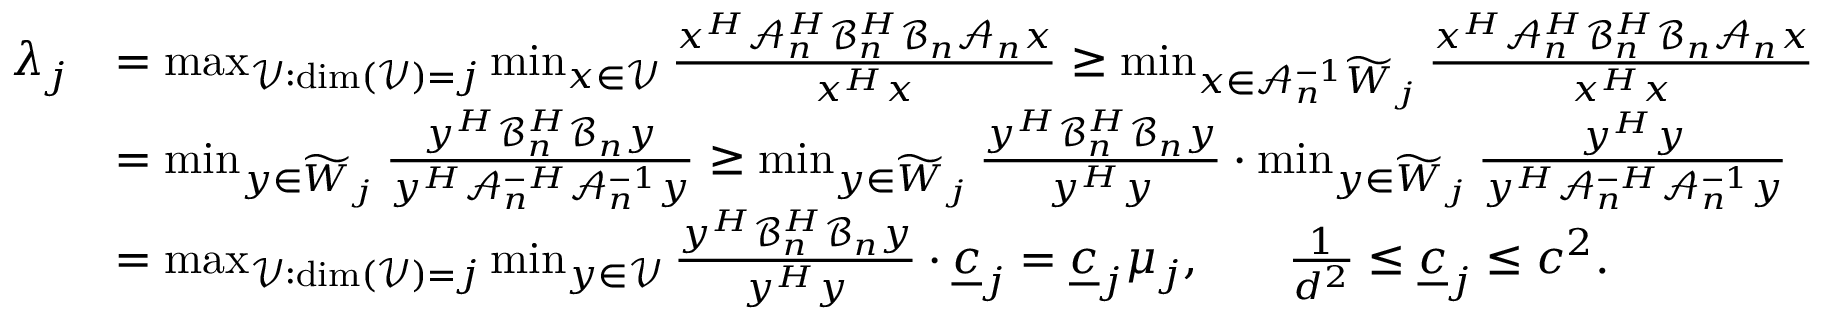
\begin{array} { r l } { \lambda _ { j } } & { = \operatorname* { m a x } _ { \mathcal { V } : \dim ( \mathcal { V } ) = j } { \operatorname* { m i n } _ { x \in \mathcal { V } } { \frac { x ^ { H } \mathcal { A } _ { n } ^ { H } \mathcal { B } _ { n } ^ { H } \mathcal { B } _ { n } \mathcal { A } _ { n } x } { x ^ { H } x } } } \geq \operatorname* { m i n } _ { x \in \mathcal { A } _ { n } ^ { - 1 } \widetilde { W } _ { j } } { \frac { x ^ { H } \mathcal { A } _ { n } ^ { H } \mathcal { B } _ { n } ^ { H } \mathcal { B } _ { n } \mathcal { A } _ { n } x } { x ^ { H } x } } } \\ & { = \operatorname* { m i n } _ { y \in \widetilde { W } _ { j } } { \frac { y ^ { H } \mathcal { B } _ { n } ^ { H } \mathcal { B } _ { n } y } { y ^ { H } \mathcal { A } _ { n } ^ { - H } \mathcal { A } _ { n } ^ { - 1 } y } } \geq \operatorname* { m i n } _ { y \in \widetilde { W } _ { j } } { \frac { y ^ { H } \mathcal { B } _ { n } ^ { H } \mathcal { B } _ { n } y } { y ^ { H } y } } \cdot \operatorname* { m i n } _ { y \in \widetilde { W } _ { j } } { \frac { y ^ { H } y } { y ^ { H } \mathcal { A } _ { n } ^ { - H } \mathcal { A } _ { n } ^ { - 1 } y } } } \\ & { = \operatorname* { m a x } _ { \mathcal { V } : \dim ( \mathcal { V } ) = j } { \operatorname* { m i n } _ { y \in \mathcal { V } } { \frac { y ^ { H } \mathcal { B } _ { n } ^ { H } \mathcal { B } _ { n } y } { y ^ { H } y } } } \cdot \underline { { c } } _ { j } = \underline { { c } } _ { j } \mu _ { j } , \mathrm { ~ ό π ο υ ~ } \frac { 1 } { d ^ { 2 } } \leq \underline { { c } } _ { j } \leq c ^ { 2 } . } \end{array}